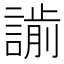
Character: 𧫌